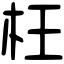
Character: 枉